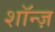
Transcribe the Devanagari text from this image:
शॉन्ज़